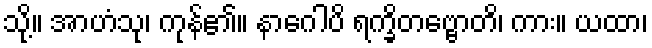
သို့။ အာဟံသု၊ ကုန်၏။ နာဂေါပိ ရက္ခိတဗ္ဗောတိ၊ ကား။ ယထာ၊